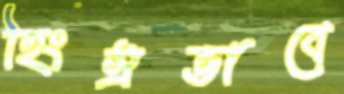
হিংস্রভাবে